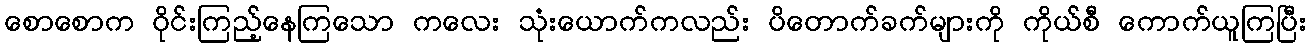
စောစောက ဝိုင်းကြည့်နေကြသော ကလေး သုံးယောက်ကလည်း ပိတောက်ခက်များကို ကိုယ်စီ ကောက်ယူကြပြီး